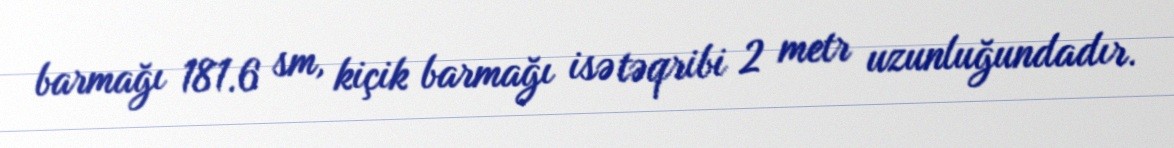
barmağı 181.6 sm, kiçik barmağı isə təqribi 2 metr uzunluğundadır.